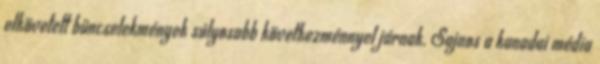
elkövetett bűncselekmények súlyosabb következménnyel járnak. Sajnos a kanadai média